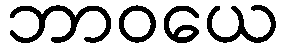
ဘာဝယေ